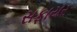
સફાયર